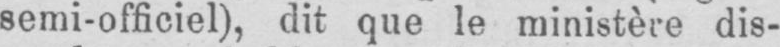
semi-officiel), dit que le ministère dis-